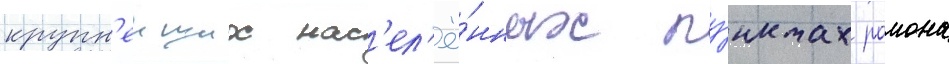
крупн'еиших нас'ел'ё́нных пу́нктах раиона